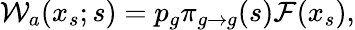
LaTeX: {\cal W}_{a}(x_{s};s)=p_{g}\pi_{g\to g}(s){\cal F}(x_{s}),